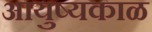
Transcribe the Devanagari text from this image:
आयुष्यकाळ